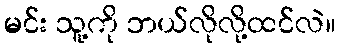
မင်း သူ့ကို ဘယ်လိုလို့ထင်လဲ။